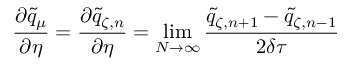
\frac { \partial \tilde { q } _ { \mu } } { \partial \eta } = \frac { \partial \tilde { q } _ { \zeta , n } } { \partial \eta } = \operatorname* { l i m } _ { N \to \infty } \frac { \tilde { q } _ { \zeta , n + 1 } - \tilde { q } _ { \zeta , n - 1 } } { 2 \delta \tau }